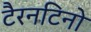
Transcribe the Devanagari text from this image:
टैरनटिनो